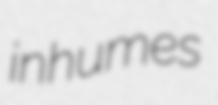
inhumes